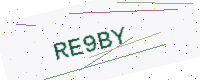
Text: RE9BY